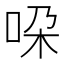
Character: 𫩴